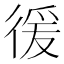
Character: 㣪